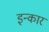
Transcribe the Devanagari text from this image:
इन्‍कार